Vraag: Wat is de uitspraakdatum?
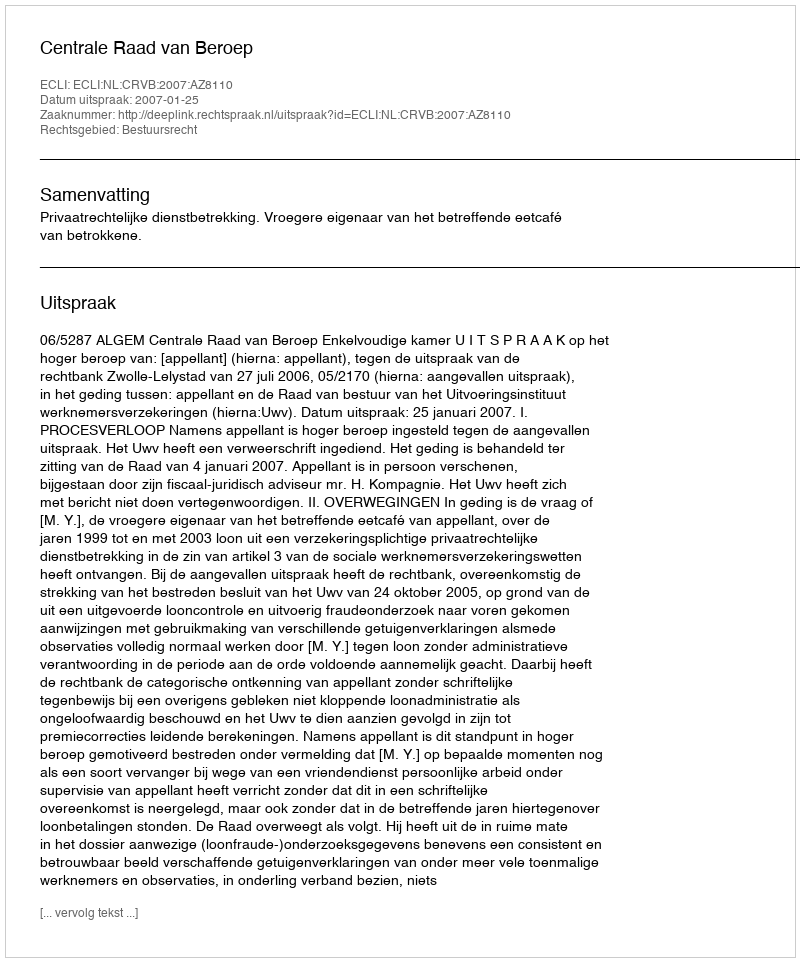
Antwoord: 2007-01-25